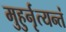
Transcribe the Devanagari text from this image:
मुहुर्नृत्यन्तं